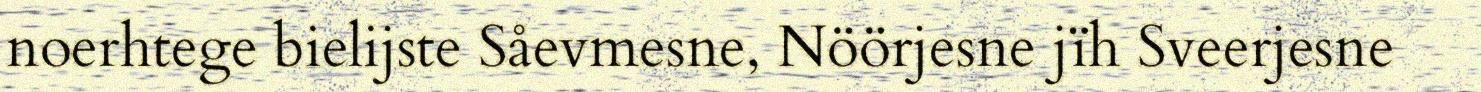
noerhtege bielijste Såevmesne, Nöörjesne jïh Sveerjesne